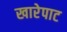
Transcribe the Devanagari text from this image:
खारेपाट